Annual administration and progress report of the Indian Medical Department, Bombay
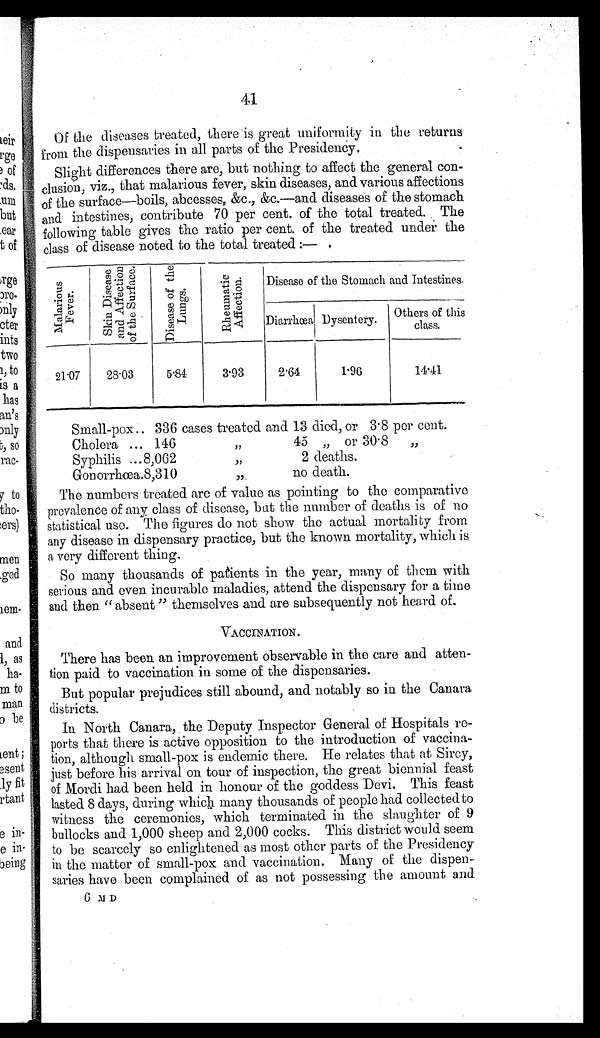
41
Of the diseases treated, there is great uniformity in the returns
from the dispensaries in all parts of the Presidency.
Slight differences there are, but nothing to affect the general con-
clusion, viz., that malarious fever, skin diseases, and various affections
of the surface—boils, abcesses, &c., &c,—and diseases of the stomach
and intestines, contribute 70 per cent. of the total treated. The
following table gives the ratio per cent. of the treated under the
class of disease noted to the total treated
:—
,
M a l a r i o u s F e v e r .
S k i n D i s e a s e a n d A f f e c t i o n o f t h e S u r f a c e .
D i s e a s e o f t h e L u n g s .
R h e u m a t i c A f f e c t i o n .
Disease of the Stomach and Intestines.
Diarrhœa Disentery.
Others of this
cass.
21 .07
28.03
5.84:
3.93
2.64
1-96
1 4 . 4 1
Small-pox.. 336 cases treated and 13 died, or 3 . 8 per cent.
Cholera ... 146,, 45
„ or 30 . 8
„
Syphilis ...8,062
,,
2 deaths.
Gonorrhœa.8,310
,,
no death.
The numbers treated are of value as pointing to the comparative
prevalence of any class of disease, but the number of deaths is of no
statistical use. The figures do not show the actual mortali ty from
any disease in dispensary practice, but the known mortality, which is
a very different thing.
So many thousands of patients in the year, many of them with
serious and even incurable maladies, attend the dispensary for a time
and then " absent " themselves and are subsequently not heard of.
VACCINATION.
There has been an improvement observable in the care and atten-
tion paid to vaccination in some of the dispensaries.
But popular prejudices still abound, and notably so in the Canara
districts.
In North Canara, the Deputy Inspector General of Hospitals re-
ports that there is active opposition to the introduction of vaccina-
tion, although small-pox is endemic there. He relates that at Sircy,
just before his arrival on tour of inspection, the great biennial feast
of Mordi had been held in honour of the goddess Devi, This feast
lasted 8 days, during which many thousands of people had collected to
witness the ceremonies, which terminated in the slaughter of 9
bullocks and 1,000 sheep and 2,000 cocks. This district would seem
to be scarcely so enlightened as most other parts of the Presidency
in the matter of small-pox and vaccination. Many of the dispen-
saries have been complained of as not possessing the amount and